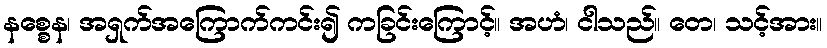
နစ္စေန၊ အရှက်အကြောက်ကင်း၍ ကခြင်းကြောင့်။ အဟံ၊ ငါသည်။ တေ၊ သင့်အား။